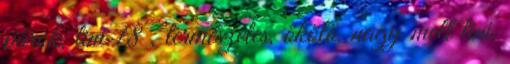
párok, tini 18 , természetes, ökölö, nagy mell tini,